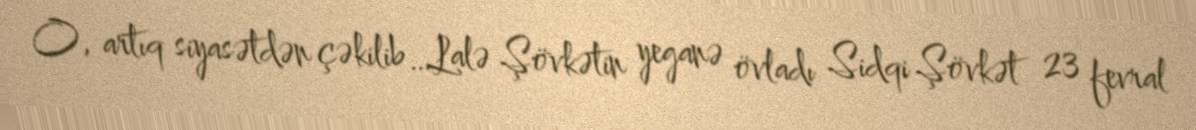
O, artıq siyasətdən çəkilib…Lalə Şövkətin yeganə övladı Sidqi Şövkət 23 fevral